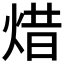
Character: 焟